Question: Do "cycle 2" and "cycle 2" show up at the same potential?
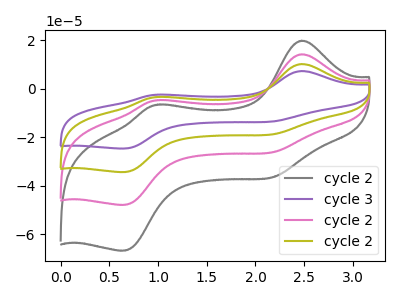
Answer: <think>The gray curve "cycle 2" has anodic peaks at (2.50V, 19.85uA) (1.00V, -6.50uA) and cathodic peaks at (2.20V, -36.05uA) (0.65V, -66.65uA). The purple curve "cycle 3" has anodic peaks at (2.50V, 42.75uA) (1.00V, -13.95uA) and cathodic peaks at (2.20V, -77.55uA) (0.65V, -143.45uA). The pink curve "cycle 2" has anodic peaks at (2.50V, 14.25uA) (1.00V, -4.65uA) and cathodic peaks at (2.20V, -25.85uA) (0.65V, -47.80uA). The olive curve "cycle 2" has anodic peaks at (2.50V, 28.50uA) (1.00V, -9.30uA) and cathodic peaks at (2.20V, -51.70uA) (0.65V, -95.65uA).
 All the peaks in "cycle 2" have a peak in "cycle 2" at the same potential.</think>
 <answer>"cycle 2" and "cycle 2" are similar in shape.</answer>
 <eval>same_shape</eval>